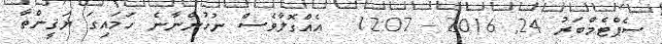
ސެޕްޓެމްބަރު 24